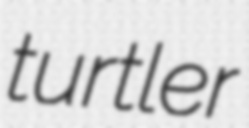
turtler